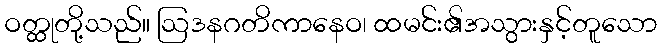
ဝတ္ထုတို့သည်။ ဩဒနဂတိကာနေဝ၊ ထမင်း၏အသွားနှင့်တူသော